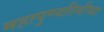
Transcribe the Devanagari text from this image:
महापुण्यतिथीच्या